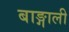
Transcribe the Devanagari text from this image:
बाङ्गाली